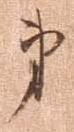
第